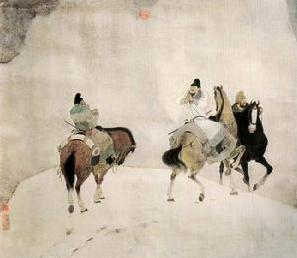
青山一道同云雨，明月何曾是两乡。